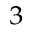
^ { 3 }